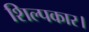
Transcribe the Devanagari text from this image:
शिल्पकार।